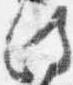
政